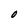
Character: O